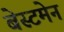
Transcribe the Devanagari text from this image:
बेस्टमेन